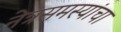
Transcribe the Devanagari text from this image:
नेत्रसमस्यांचा